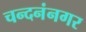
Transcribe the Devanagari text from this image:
चन्दनंनगर